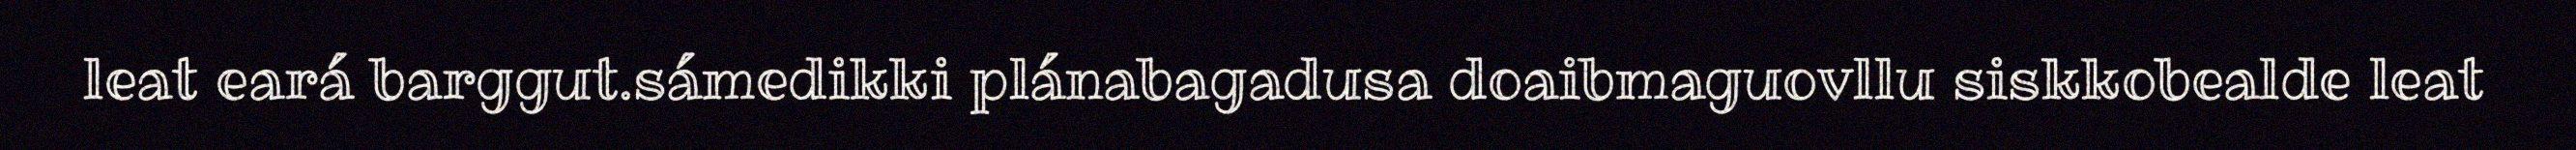
leat eará barggut.sámedikki plánabagadusa doaibmaguovllu siskkobealde leat